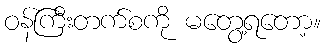
ဝန်ကြီးတက်စကို မတွေ့ရတော့။